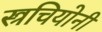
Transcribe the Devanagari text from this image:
स्त्रचियोनी